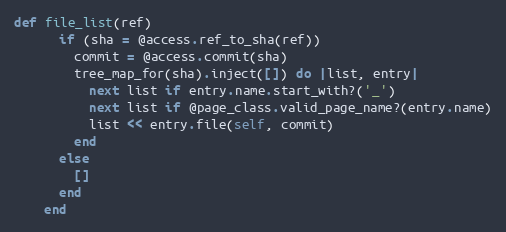
Language: Ruby
def file_list(ref)
      if (sha = @access.ref_to_sha(ref))
        commit = @access.commit(sha)
        tree_map_for(sha).inject([]) do |list, entry|
          next list if entry.name.start_with?('_')
          next list if @page_class.valid_page_name?(entry.name)
          list << entry.file(self, commit)
        end
      else
        []
      end
    end